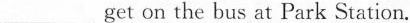
___ get on the bus at Park Station.